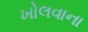
ખોલવાના